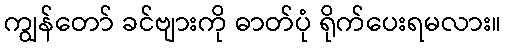
ကျွန်တော် ခင်ဗျားကို ဓာတ်ပုံ ရိုက်ပေးရမလား။